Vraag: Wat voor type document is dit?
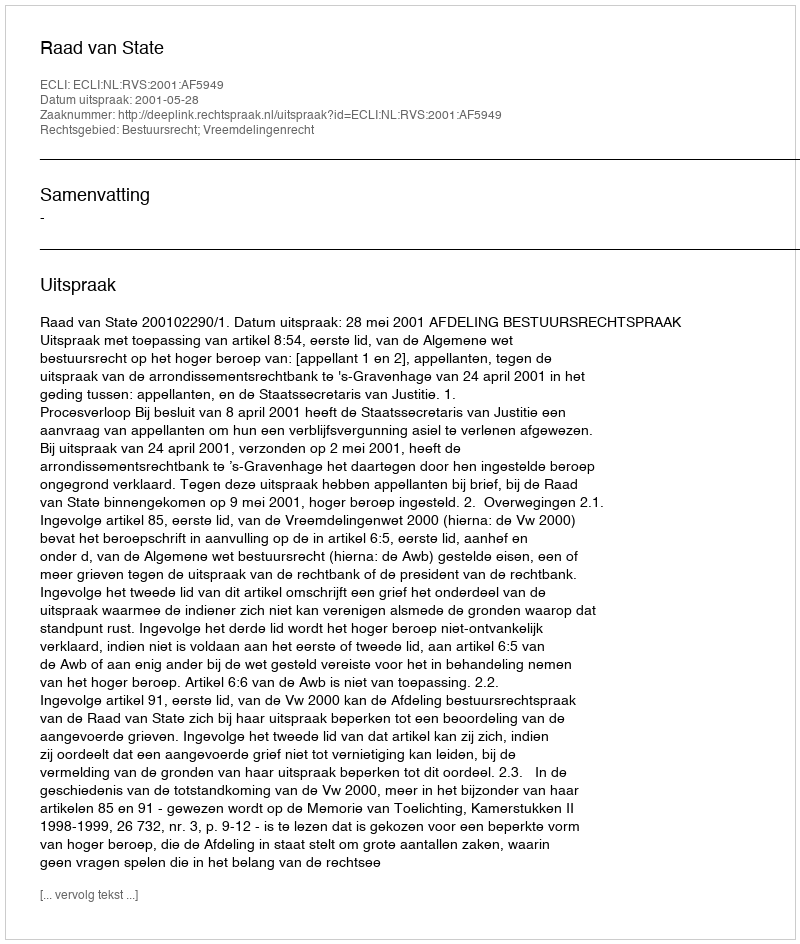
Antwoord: Uitspraak